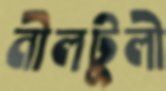
নীলটুলী